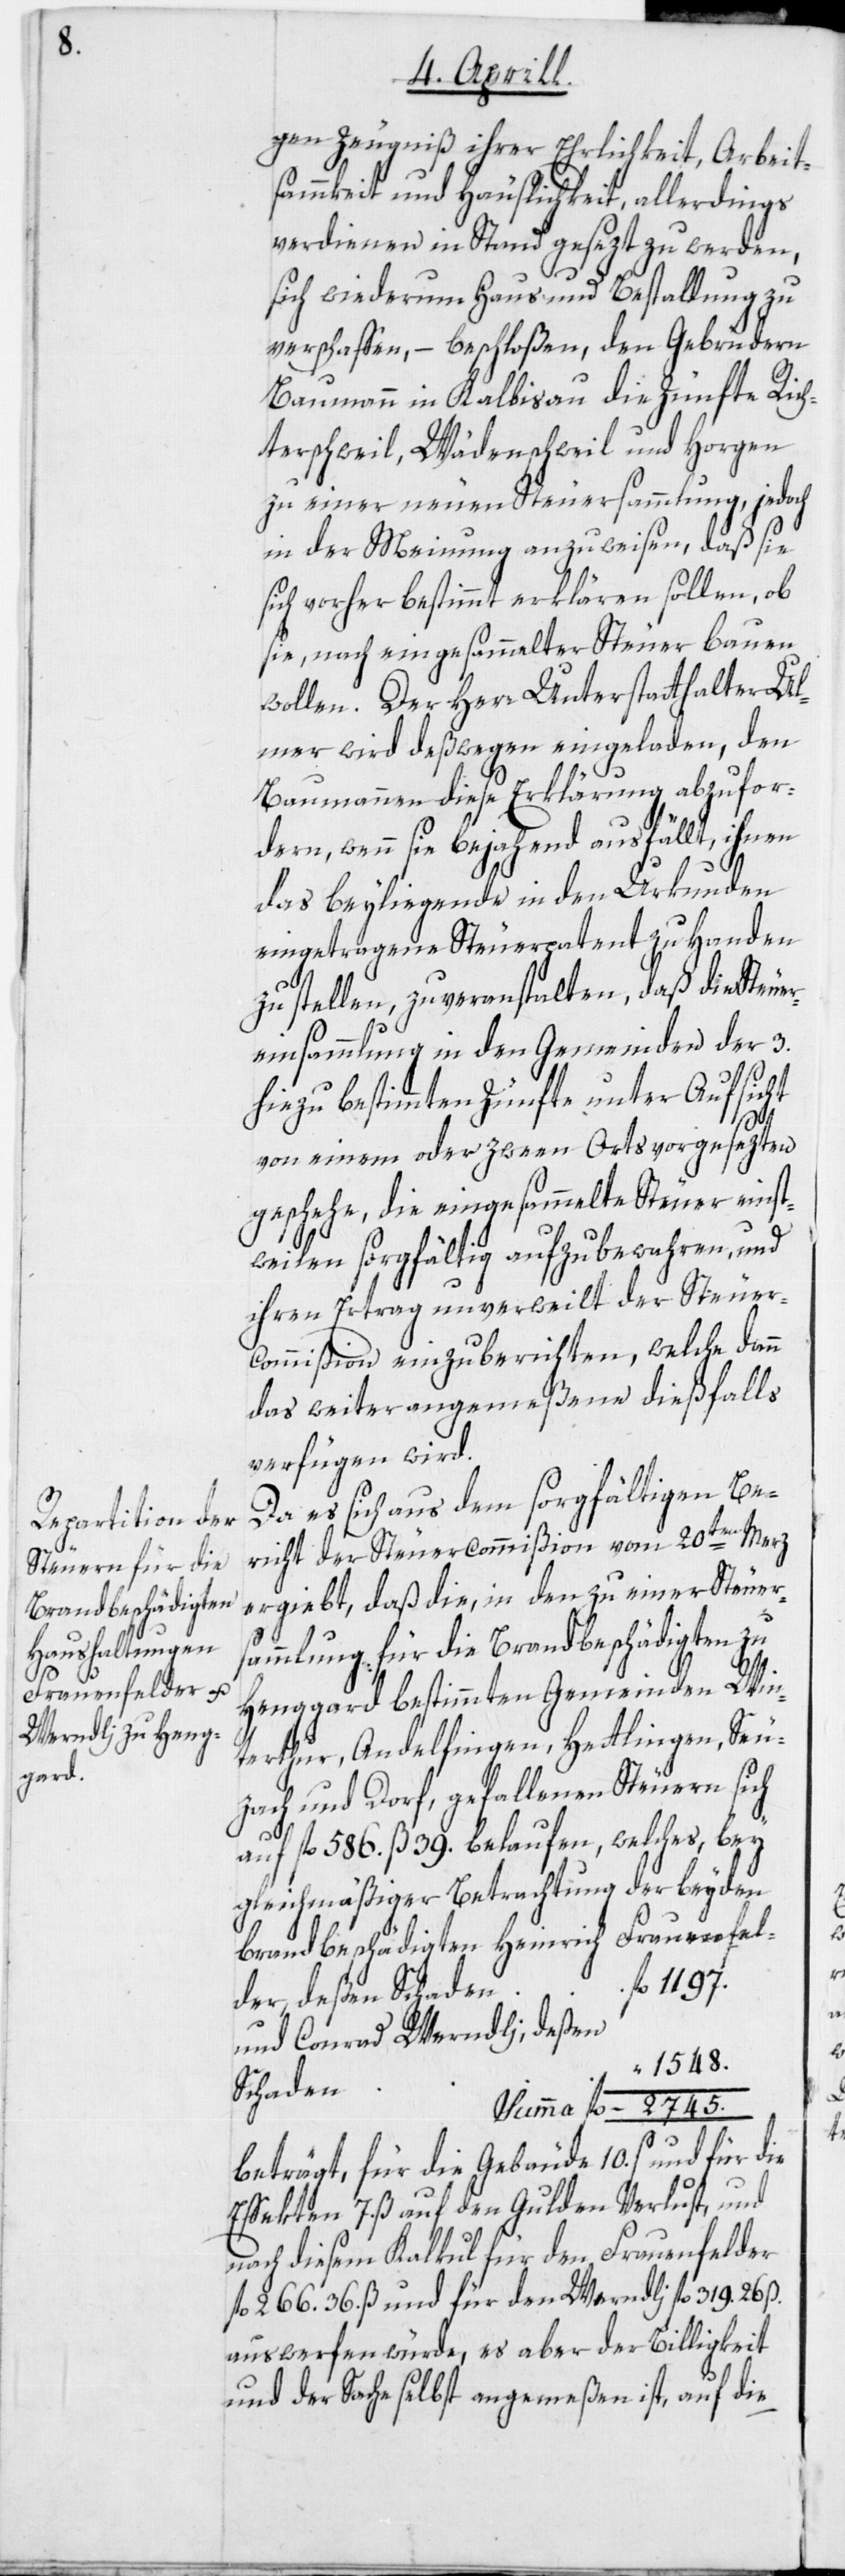
gen Zeugniß ihrer Ehrlichkeit, Arbeit¬
sammkeit und Häuslichkeit, allerdings
verdienen in Stand gesezt zu werden,
sich wiederum Haus und Bestallung zu
verschaffen, – beschloßen, den Gebrüdern
Baumann in Kalbisau die Zünfte Rich¬
terschweil, Wädenschweil und Horgen
zu einer neuen Steuersammlung, jedoch
in der Meinung anzuweisen, daß sie
sich vorher bestimmt erklären sollen, ob
sie, nach eingesammelter Steuer bauen
wollen. Der Herr Unterstatthalter Ul¬
mer wird deßwegen eingeladen, den
Baumannen diese Erklärung abzufor¬
dern, wenn sie bejahend ausfällt, ihnen
das beyliegende in den Urkunden
eingetragene Steuerpatent zu Handen
zu stellen, zu veranstalten, daß die Steuer¬
einsammlung in den Gemeinden der 3.
hiezu bestimmten Zünfte unter Aufsicht
von einem oder zween Ortsvorgesezten
geschehe, die eingesammelte Steuer einst¬
weilen sorgfältig aufzubewahren, und
ihren Ertrag unverweilt der Steuer¬
commißion einzuberichten, welche dann
das weiter angemeßene dießfalls
verfügen wird.
Da es sich aus dem sorgfältigen Be¬
richt der Steuercommißion vom 20ten Merz
ergiebt, daß die, in den zu einer Steuer¬
sammlung für die Brandbeschädigten zu
Henggard bestimmten Gemeinden Win¬
terthur, Andelfingen, Hettlingen, Seu¬
zach und Dorf, gefallenen Steuern sich
welches, bey
auf fl. 586. ß 39. belaufen,
gleichmäßiger Betrachtung der beyden
brandbeschädigten Heinrich Frauenfel¬
fl. 1197.
der, deßen Schaden
und Conrad Werndli, deßen
1548.
Schaden
Summa fl. 2745.
beträgt, für die Gebäude 10. s und für die
Effekten 7. ß auf den Gulden Verlust, und
nach diesem Kalkul für den Frauenfelder
fl. 266. 36. ß und für den Werndli fl. 319. 26 ß.
auswerfen würde, es aber der Billigkeit
und der Sache selbst angemeßen ist, auf die